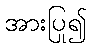
အားပြု၍